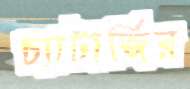
চ্যাটার্জির